Document type: Sale
Year: 1290
Scribe: Miquel Rotllan
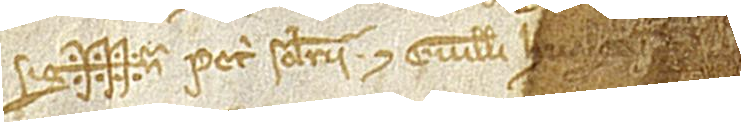
Sig+++na Petri Solerii et Guillelmi Hualg[erii et] […]